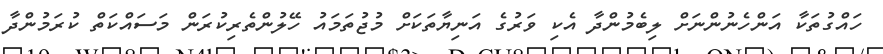
ހައްގުތަކާ އަންހެނުންނަށް ލިބެމުންދާ އެކި ވަރުގެ އަނިޔާތަކަށް މުޖުތަމައު ހޭލުންތެރިކުރަން މަސައްކަތް ކުރަމުންދާ